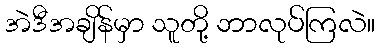
အဲဒီအချိန်မှာ သူတို့ ဘာလုပ်ကြလဲ။